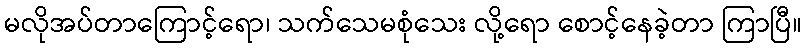
မလိုအပ်တာကြောင့်ရော၊ သက်သေမစုံသေး လို့ရော စောင့်နေခဲ့တာ ကြာပြီ။